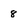
Character: 8